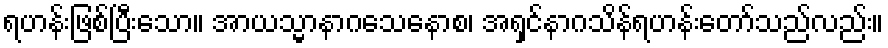
ရဟန်းဖြစ်ပြီးသော။ အာယသ္မာနာဂသေနောစ၊ အရှင်နာဂသိန်ရဟန်းတော်သည်လည်း။